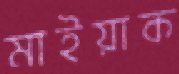
মাইয়াক